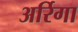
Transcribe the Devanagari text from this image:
अर्रिगा